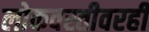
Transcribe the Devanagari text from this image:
लोकवस्तीवरही